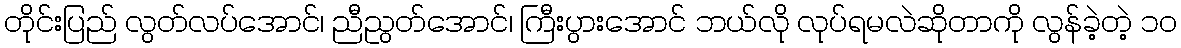
တိုင်းပြည် လွတ်လပ်အောင်၊ ညီညွတ်အောင်၊ ကြီးပွားအောင် ဘယ်လို လုပ်ရမလဲဆိုတာကို လွန်ခဲ့တဲ့ ၁၀